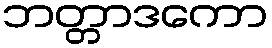
ဘတ္တာဒကော